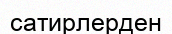
сатирлерден